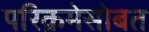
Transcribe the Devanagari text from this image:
परिक्रमेसोबत